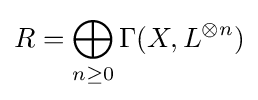
R=\bigoplus _{n\geq 0}\Gamma (X,L^{\otimes n})